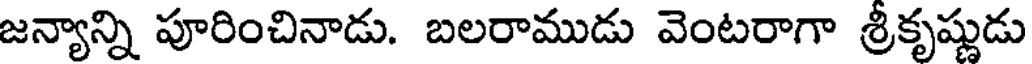
జన్యాన్ని పూరించినాడు. బలరాముడు వెంటరాగా శ్రీకృష్ణుడు